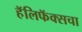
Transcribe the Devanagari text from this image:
हॅलिफॅक्सचा